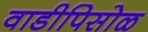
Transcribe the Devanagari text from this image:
वाडीपिसोळ